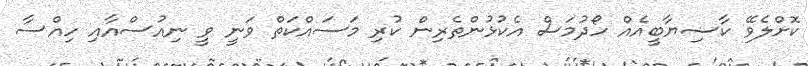
ކޮށްލެވޭ ކާޟިޔާބީއެއް ހޯދުމަސް އެކުޅުންތެރިން ކުރި މަސައްކަތް ވަނީ ވީ ނިއުސްއާއި ހިއްސާ